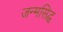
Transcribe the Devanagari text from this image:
जन्‍मसिद्ध